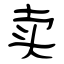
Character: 卖